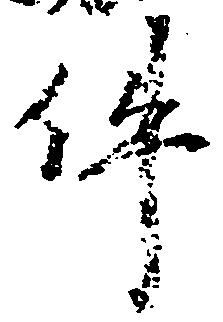
件